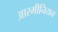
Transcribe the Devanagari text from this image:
आरमीनियन